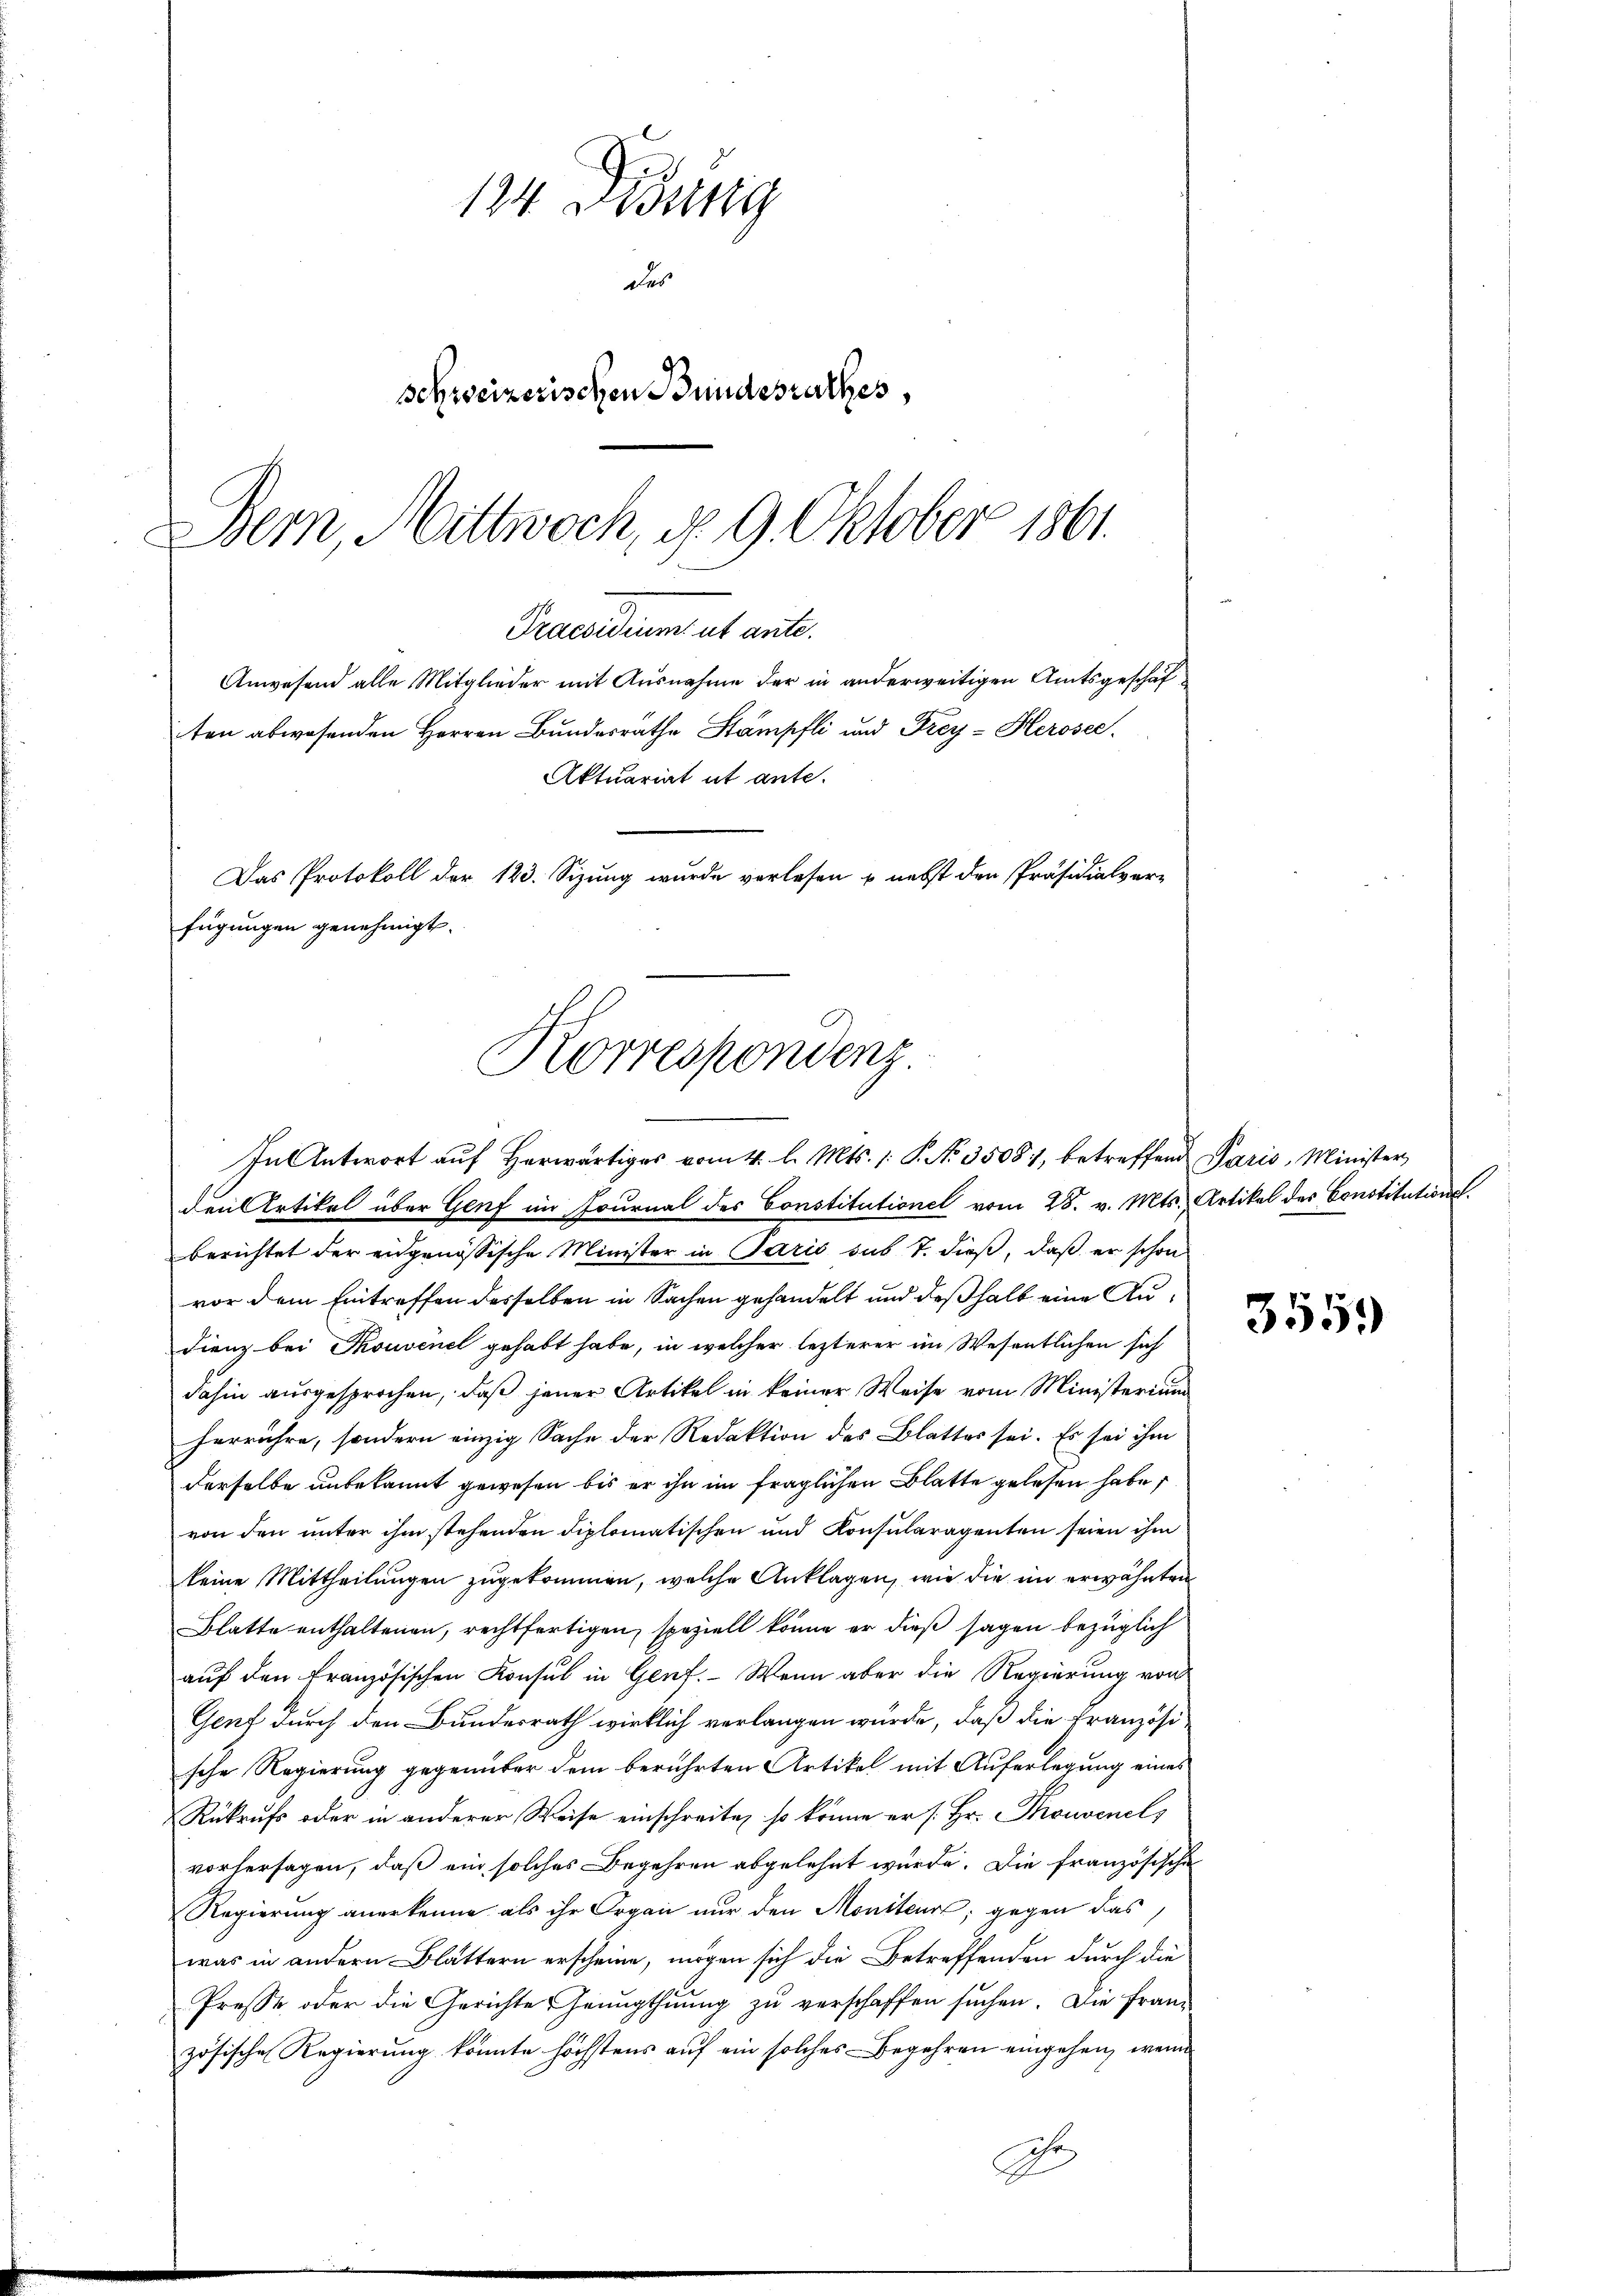
134. Disung
das
schweizerischen Bundesrathes,
Bern, Mittwoch, d. 9. Oktober 1861.

Praesidium ut ante.
Korrespondenz.
In Antwort aŭf herwärtiges vom 4. l. Mts. 1. P. No. 35081, betreffend Paris, Minister

Anwesend alle Mitglieder mit Ausnahme der in anderweitigen Amtsgeschäf
ten abwesenden Herren Bundesrathe Stämpfli und Frey- Herosec
Aktuariat ut ante.
d
Das Protokoll der 123. Sizung wurde verlesen u. nebst den Präsidialver-
fügungen genehmigt.

den Artikel über Genf im Fournal des Constitutionel vom 28. v. Mts. Artikel des Constitutionsberichtet der eidgenössische Minister in Paris sub 7. dieß, daß er schon
vor dem Eintreffen desselben in Sachen gehandelt und deßhalb eine Au¬
Dienz bei Souvenel gehabt habe, in welcher lezterer im Wesentlichen sich
dahin ausgesprochen, daß jener Artikel in keiner Weise vom Ministerium
herrühre, sondern einzig Sache der Redaktion des Blattes sei. Es sei ihm
derselbe unbekannt gewesen bis er ihn im fraglichen Blatte gelesen habe
von den unter ihm stehenden diplomatischen und Konsularagenten seien ihm
keine Mittheilungen zugekommen, welche Anklagen, wie die im erwähnten
Blatte enthaltenen, rechtfertigen, speziell könne er dieß sagen bezüglich
auf den französischen Konsul in Genf. Wenn aber die Regierung von
Genf durch den Bundesrath wirklich verlangen würde, daß die Französische Regierung gegenüber dem berührten Artikel mit Auferlegung eines
Rükrufs oder in anderer Weise einschreite, so könne er /: Hr. Thonvenel
vorhersagen, daß ein solches Begehren abgelehnt wurde. Die französische
Regierung anerkenne als ihr Organ nur den Moniteur; gegen das
was in andern Blättern erscheine, mögen sich die Betreffenden durch die
Presse oder die Gerichte Genugthuung zu verschaffen suchen. Die Fran-
zösische Regierung konnte höchstens auf ein solches Begehren eingehen, wenn
he

3559